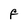
Character: F